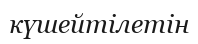
күшейтілетін